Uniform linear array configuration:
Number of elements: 16
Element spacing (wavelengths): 0.75
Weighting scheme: hann
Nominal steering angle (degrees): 60
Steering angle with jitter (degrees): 59.958
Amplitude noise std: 0.05
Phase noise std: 0.05

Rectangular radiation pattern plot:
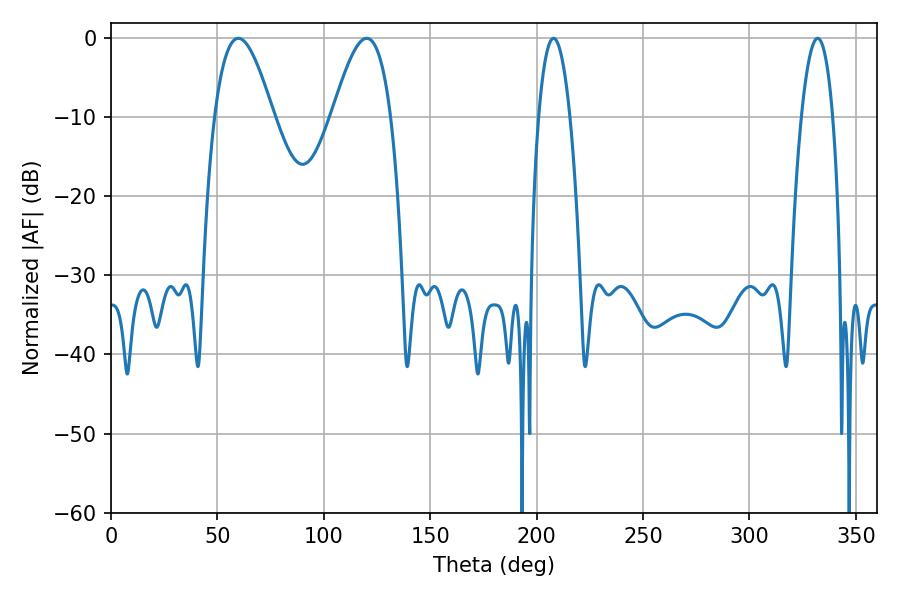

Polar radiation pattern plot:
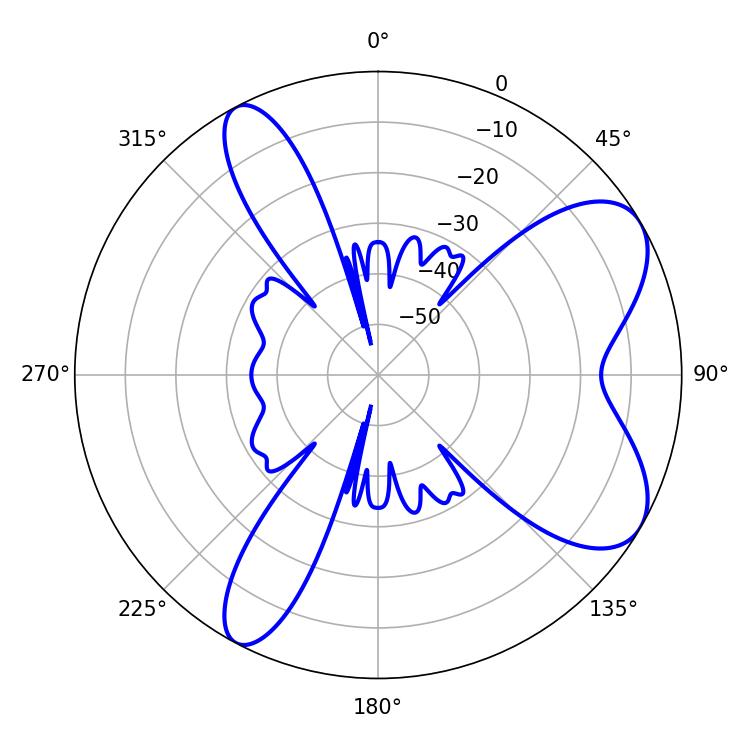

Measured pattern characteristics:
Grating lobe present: TRUE
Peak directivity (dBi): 7.426
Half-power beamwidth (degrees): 14.94
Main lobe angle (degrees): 59.76